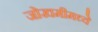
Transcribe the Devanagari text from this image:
जोखमीमध्ये